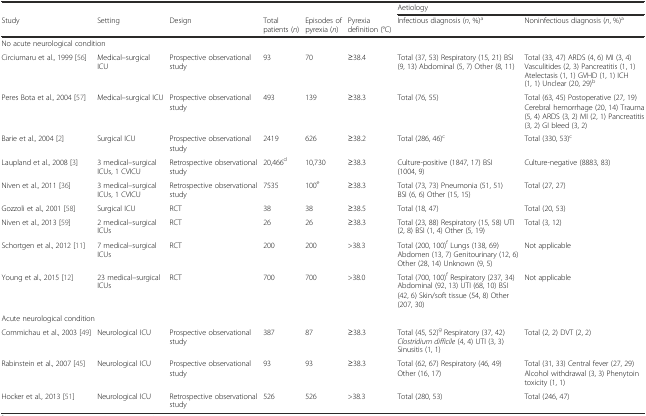
<table><thead><tr><td></td><td></td><td></td><td></td><td></td><td></td><td colspan="2"><b>Aetiology</b></td></tr><tr><td><b>Study</b></td><td><b>Setting</b></td><td><b>Design</b></td><td><b>Total patients (<i>n</i>)</b></td><td><b>Episodes of pyrexia (<i>n</i>)</b></td><td><b>Pyrexia definition (°C)</b></td><td><b>Infectious diagnosis (<i>n</i>, %)<sup>a</sup></b></td><td><b>Noninfectious diagnosis (<i>n</i>, %)<sup>a</sup></b></td></tr></thead><tbody><tr><td colspan="8">No acute neurological condition</td></tr><tr><td>Circiumaru et al., 1999 [56]</td><td>Medical–surgical ICU</td><td>Prospective observational study</td><td>93</td><td>70</td><td>≥38.4</td><td>Total (37, 53) Respiratory (15, 21) BSI (9, 13) Abdominal (5, 7) Other (8, 11)</td><td>Total (33, 47) ARDS (4, 6) MI (3, 4) Vasculitides (2, 3) Pancreatitis (1, 1) Atelectasis (1, 1) GVHD (1, 1) ICH (1, 1) Unclear (20, 29)<sup>b</sup></td></tr><tr><td>Peres Bota et al., 2004 [57]</td><td>Medical–surgical ICU</td><td>Prospective observational study</td><td>493</td><td>139</td><td>≥38.3</td><td>Total (76, 55)</td><td>Total (63, 45) Postoperative (27, 19) Cerebral hemorrhage (20, 14) Trauma (5, 4) ARDS (3, 2) MI (2, 1) Pancreatitis (3, 2) GI bleed (3, 2)</td></tr><tr><td>Barie et al., 2004 [2]</td><td>Surgical ICU</td><td>Prospective observational study</td><td>2419</td><td>626</td><td>≥38.2</td><td>Total (286, 46)<sup>c</sup></td><td>Total (330, 53)<sup>c</sup></td></tr><tr><td>Laupland et al., 2008 [3]</td><td>3 medical–surgical ICUs, 1 CVICU</td><td>Retrospective observational study</td><td>20,466<sup>d</sup></td><td>10,730</td><td>≥38.3</td><td>Culture-positive (1847, 17) BSI (1004, 9)</td><td>Culture-negative (8883, 83)</td></tr><tr><td>Niven et al., 2011 [36]</td><td>3 medical–surgical ICUs, 1 CVICU</td><td>Retrospective observational study</td><td>7535</td><td>100<sup>e</sup></td><td>≥38.3</td><td>Total (73, 73) Pneumonia (51, 51) BSI (6, 6) Other (15, 15)</td><td>Total (27, 27)</td></tr><tr><td>Gozzoli et al., 2001 [58]</td><td>Surgical ICU</td><td>RCT</td><td>38</td><td>38</td><td>≥38.5</td><td>Total (18, 47)</td><td>Total (20, 53)</td></tr><tr><td>Niven et al., 2013 [59]</td><td>2 medical–surgical ICUs</td><td>RCT</td><td>26</td><td>26</td><td>≥38.3</td><td>Total (23, 88) Respiratory (15, 58) UTI (2, 8) BSI (1, 4) Other (5, 19)</td><td>Total (3, 12)</td></tr><tr><td>Schortgen et al., 2012 [11]</td><td>7 medical–surgical ICUs</td><td>RCT</td><td>200</td><td>200</td><td>&gt;38.3</td><td>Total (200, 100)<sup>f</sup> Lungs (138, 69) Abdomen (13, 7) Genitourinary (12, 6) Other (28, 14) Unknown (9, 5)</td><td>Not applicable</td></tr><tr><td>Young et al., 2015 [12]</td><td>23 medical–surgical ICUs</td><td>RCT</td><td>700</td><td>700</td><td>&gt;38.0</td><td>Total (700, 100)<sup>f</sup> Respiratory (237, 34) Abdominal (92, 13) UTI (68, 10) BSI (42, 6) Skin/soft tissue (54, 8) Other (207, 30)</td><td>Not applicable</td></tr><tr><td colspan="8">Acute neurological condition</td></tr><tr><td>Commichau et al., 2003 [49]</td><td>Neurological ICU</td><td>Prospective observational study</td><td>387</td><td>87</td><td>≥38.3</td><td>Total (45, 52)<sup>g</sup> Respiratory (37, 42) <i>Clostridium difficile</i> (4, 4) UTI (3, 3) Sinusitis (1, 1)</td><td>Total (2, 2) DVT (2, 2)</td></tr><tr><td>Rabinstein et al., 2007 [45]</td><td>Neurological ICU</td><td>Prospective observational study</td><td>93</td><td>93</td><td>≥38.3</td><td>Total (62, 67) Respiratory (46, 49) Other (16, 17)</td><td>Total (31, 33) Central fever (27, 29) Alcohol withdrawal (3, 3) Phenytoin toxicity (1, 1)</td></tr><tr><td>Hocker et al., 2013 [51]</td><td>Neurological ICU</td><td>Retrospective observational study</td><td>526</td><td>526</td><td>&gt;38.3</td><td>Total (280, 53)</td><td>Total (246, 47)</td></tr></tbody></table>